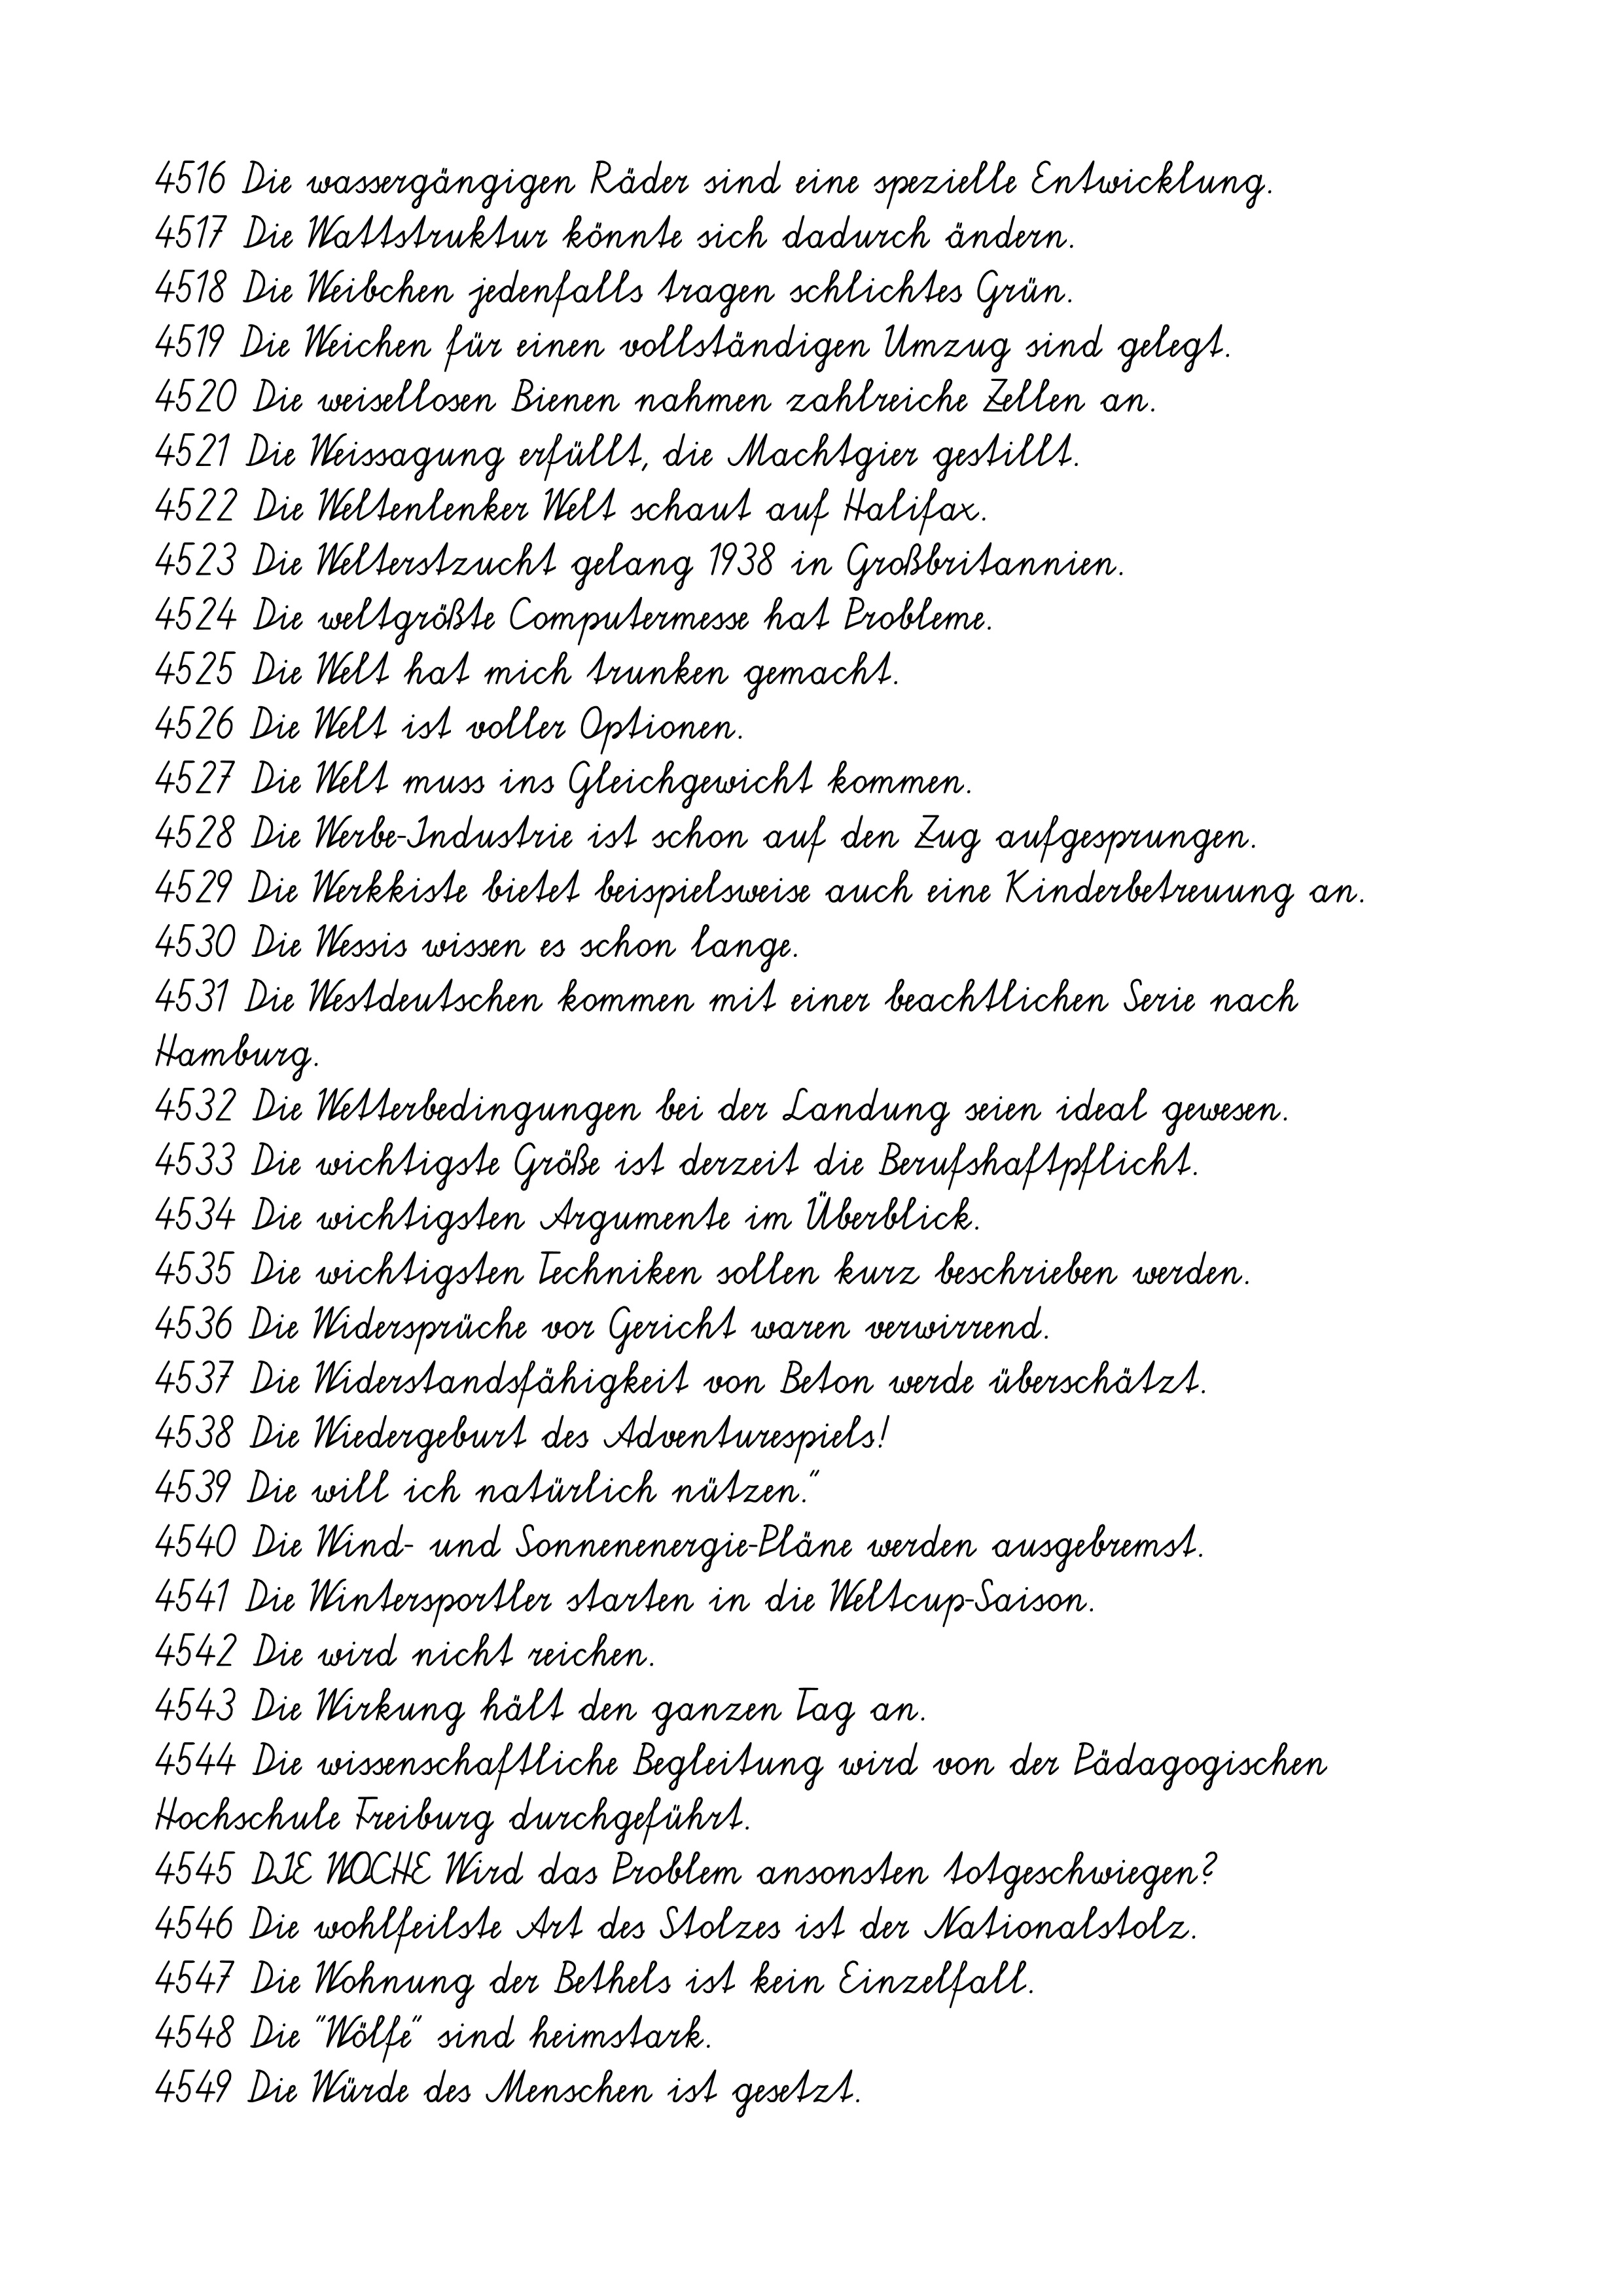
4516 Die wassergängigen Räder sind eine spezielle Entwicklung.
4517 Die Wattstruktur könnte sich dadurch ändern.
4518 Die Weibchen jedenfalls tragen schlichtes Grün.
4519 Die Weichen für einen vollständigen Umzug sind gelegt.
4520 Die weisellosen Bienen nahmen zahlreiche Zellen an.
4521 Die Weissagung erfüllt, die Machtgier gestillt.
4522 Die Weltenlenker Welt schaut auf Halifax.
4523 Die Welterstzucht gelang 1938 in Großbritannien.
4524 Die weltgrößte Computermesse hat Probleme.
4525 Die Welt hat mich trunken gemacht.
4526 Die Welt ist voller Optionen.
4527 Die Welt muss ins Gleichgewicht kommen.
4528 Die Werbe-Industrie ist schon auf den Zug aufgesprungen.
4529 Die Werkkiste bietet beispielsweise auch eine Kinderbetreuung an.
4530 Die Wessis wissen es schon lange.
4531 Die Westdeutschen kommen mit einer beachtlichen Serie nach
Hamburg.
4532 Die Wetterbedingungen bei der Landung seien ideal gewesen.
4533 Die wichtigste Größe ist derzeit die Berufshaftpflicht.
4534 Die wichtigsten Argumente im Überblick.
4535 Die wichtigsten Techniken sollen kurz beschrieben werden.
4536 Die Widersprüche vor Gericht waren verwirrend.
4537 Die Widerstandsfähigkeit von Beton werde überschätzt.
4538 Die Wiedergeburt des Adventurespiels!
4539 Die will ich natürlich nützen."
4540 Die Wind- und Sonnenenergie-Pläne werden ausgebremst.
4541 Die Wintersportler starten in die Weltcup-Saison.
4542 Die wird nicht reichen.
4543 Die Wirkung hält den ganzen Tag an.
4544 Die wissenschaftliche Begleitung wird von der Pädagogischen
Hochschule Freiburg durchgeführt.
4545 DIE WOCHE Wird das Problem ansonsten totgeschwiegen?
4546 Die wohlfeilste Art des Stolzes ist der Nationalstolz.
4547 Die Wohnung der Bethels ist kein Einzelfall.
4548 Die "Wölfe" sind heimstark.
4549 Die Würde des Menschen ist gesetzt.